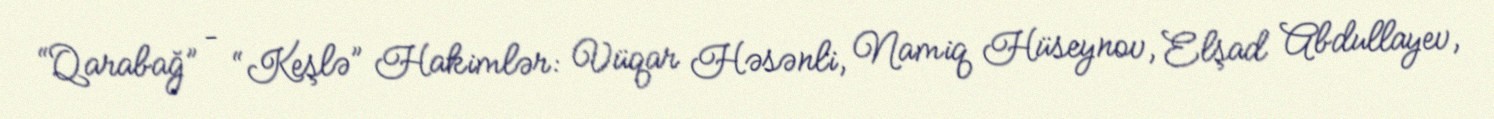
“Qarabağ” – “Keşlə” Hakimlər: Vüqar Həsənli, Namiq Hüseynov, Elşad Abdullayev,